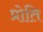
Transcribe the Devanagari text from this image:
प्रोति